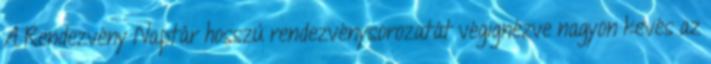
A Rendezvény Naptár hosszú rendezvénysorozatát végignézve nagyon kevés az